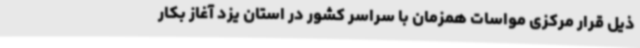
ذیل قرار مرکزی مواسات همزمان با سراسر کشور در استان یزد آغاز بکار